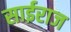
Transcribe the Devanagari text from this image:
साईराज